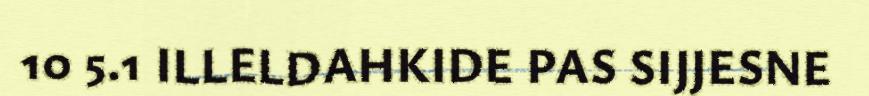
10 5.1 ILLELDAHKIDE PAS SIJJESNE